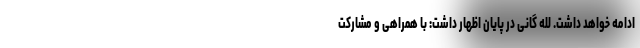
ادامه خواهد داشت. لله گانی در پایان اظهار داشت: با همراهی و مشارکت